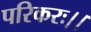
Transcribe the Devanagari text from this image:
परिकरः।।